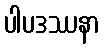
ပါပဒဿနာ